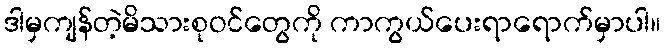
ဒါမှကျန်တဲ့မိသားစုဝင်တွေကို ကာကွယ်ပေးရာရောက်မှာပါ။